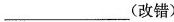
___（改错）